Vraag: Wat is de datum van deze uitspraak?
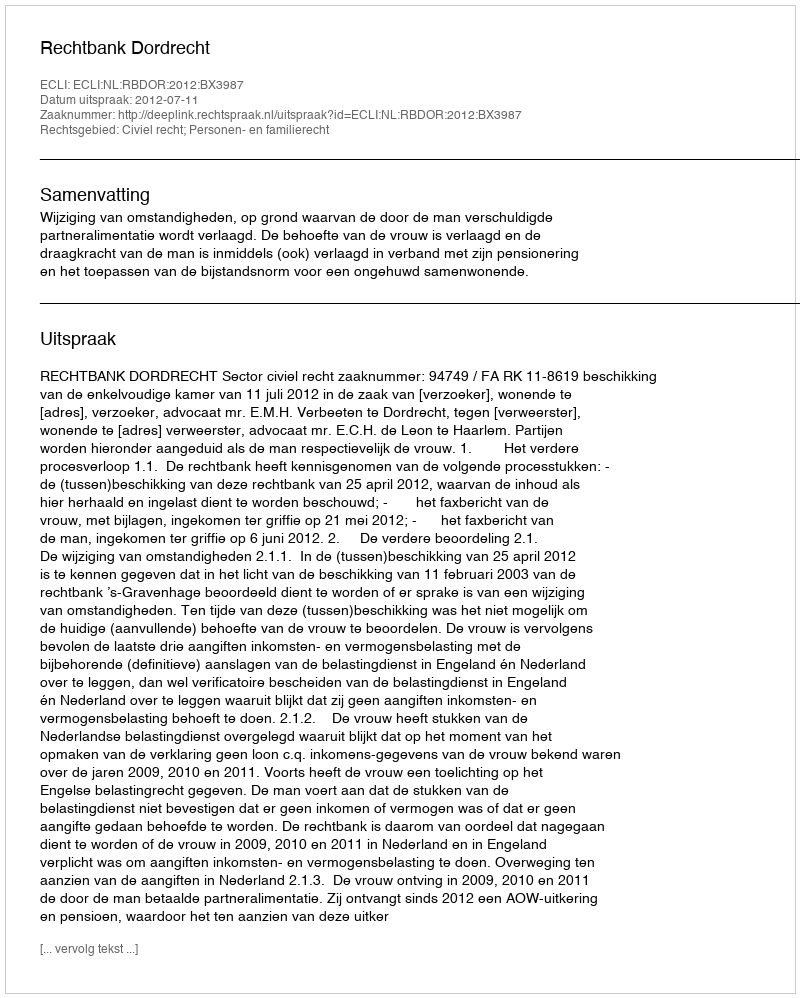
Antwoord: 2012-07-11